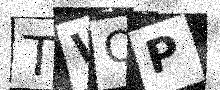
Text: TWQP